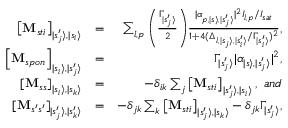
\begin{array} { r l r } { \left[ \mathbf { M } _ { s t i } \right] _ { | s _ { j } ^ { \prime } \rangle , | s _ { i } \rangle } } & { = } & { \sum _ { l , p } \left( { \frac { \Gamma _ { | s _ { j } ^ { \prime } \rangle } } { 2 } } \right) \! { \frac { | \alpha _ { p , | s \rangle , | s _ { j } ^ { \prime } \rangle } | ^ { 2 } I _ { l , p } / I _ { s a t } } { 1 + 4 ( \Delta _ { l , | s _ { j } \rangle , | s _ { i } ^ { \prime } \rangle } / \Gamma _ { | s _ { i } ^ { \prime } \rangle } ) ^ { 2 } } } , } \\ { \left[ \mathbf { M } _ { s p o n } \right] _ { | s _ { i } \rangle , | s _ { j } ^ { \prime } \rangle } } & { = } & { \Gamma _ { | s _ { j } ^ { \prime } \rangle } | \boldsymbol { \alpha } _ { | s \rangle , | s _ { j } ^ { \prime } \rangle } | ^ { 2 } , } \\ { \left[ \mathbf { M } _ { s s } \right] _ { | s _ { i } \rangle , | s _ { k } \rangle } } & { = } & { - \delta _ { i k } \sum _ { j } \left[ \mathbf { M } _ { s t i } \right] _ { | s _ { j } ^ { \prime } \rangle , | s _ { i } \rangle } , \ a n d } \\ { \left[ \mathbf { M } _ { s ^ { \prime } s ^ { \prime } } \right] _ { | s _ { j } ^ { \prime } \rangle , | s _ { k } ^ { \prime } \rangle } } & { = } & { - \delta _ { j k } \sum _ { k } \left[ \mathbf { M } _ { s t i } \right] _ { | s _ { j } ^ { \prime } \rangle , | s _ { k } \rangle } - \delta _ { j k } \Gamma _ { | s _ { j } ^ { \prime } \rangle } , } \end{array}